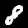
Digit: 8